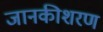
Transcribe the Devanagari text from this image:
जानकीशरण